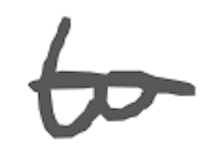
Text: to
Cross-out: single-line
Writing tool: digital_gray